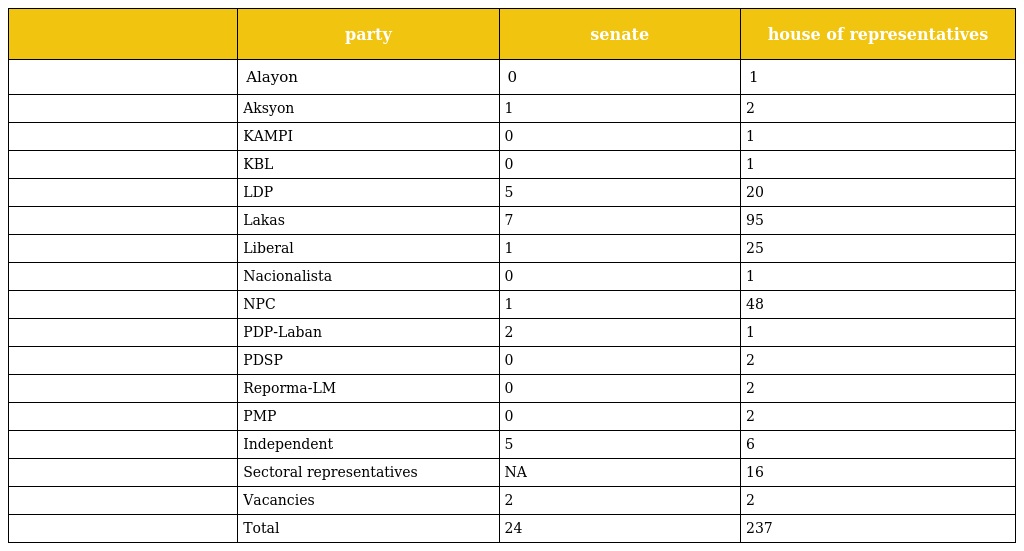
|  | party | senate | house of representatives |
 | --- | --- | --- | --- |
 |  | Alayon | 0 | 1 |
 |  | Aksyon | 1 | 2 |
 |  | KAMPI | 0 | 1 |
 |  | KBL | 0 | 1 |
 |  | LDP | 5 | 20 |
 |  | Lakas | 7 | 95 |
 |  | Liberal | 1 | 25 |
 |  | Nacionalista | 0 | 1 |
 |  | NPC | 1 | 48 |
 |  | PDP-Laban | 2 | 1 |
 |  | PDSP | 0 | 2 |
 |  | Reporma-LM | 0 | 2 |
 |  | PMP | 0 | 2 |
 |  | Independent | 5 | 6 |
 |  | Sectoral representatives | NA | 16 |
 |  | Vacancies | 2 | 2 |
 |  | Total | 24 | 237 |